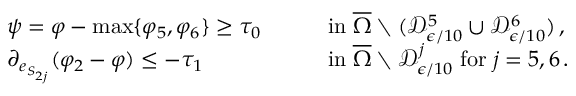
\begin{array} { r l r l } & { \psi = \varphi - \operatorname* { m a x } \{ \varphi _ { 5 } , \varphi _ { 6 } \} \geq \tau _ { 0 } \quad } & & { \mathrm { i n } \; \overline { { \Omega } } \setminus ( \mathcal { D } _ { \epsilon / 1 0 } ^ { 5 } \cup \mathcal { D } _ { \epsilon / 1 0 } ^ { 6 } ) \, , } \\ & { \partial _ { e _ { S _ { 2 j } } } ( \varphi _ { 2 } - \varphi ) \leq - \tau _ { 1 } \quad } & & { \mathrm { i n } \; \overline { { \Omega } } \setminus \mathcal { D } _ { \epsilon / 1 0 } ^ { j } \; \mathrm { f o r } \; j = 5 , 6 \, . } \end{array}